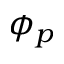
\phi _ { p }